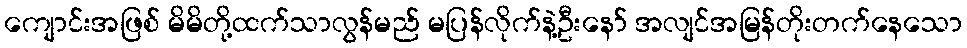
ကျောင်းအဖြစ် မိမိတို့ထက်သာလွန်မည် မပြန်လိုက်နဲ့ဦးနော် အလျင်အမြန်တိုးတက်နေသော